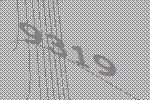
9319